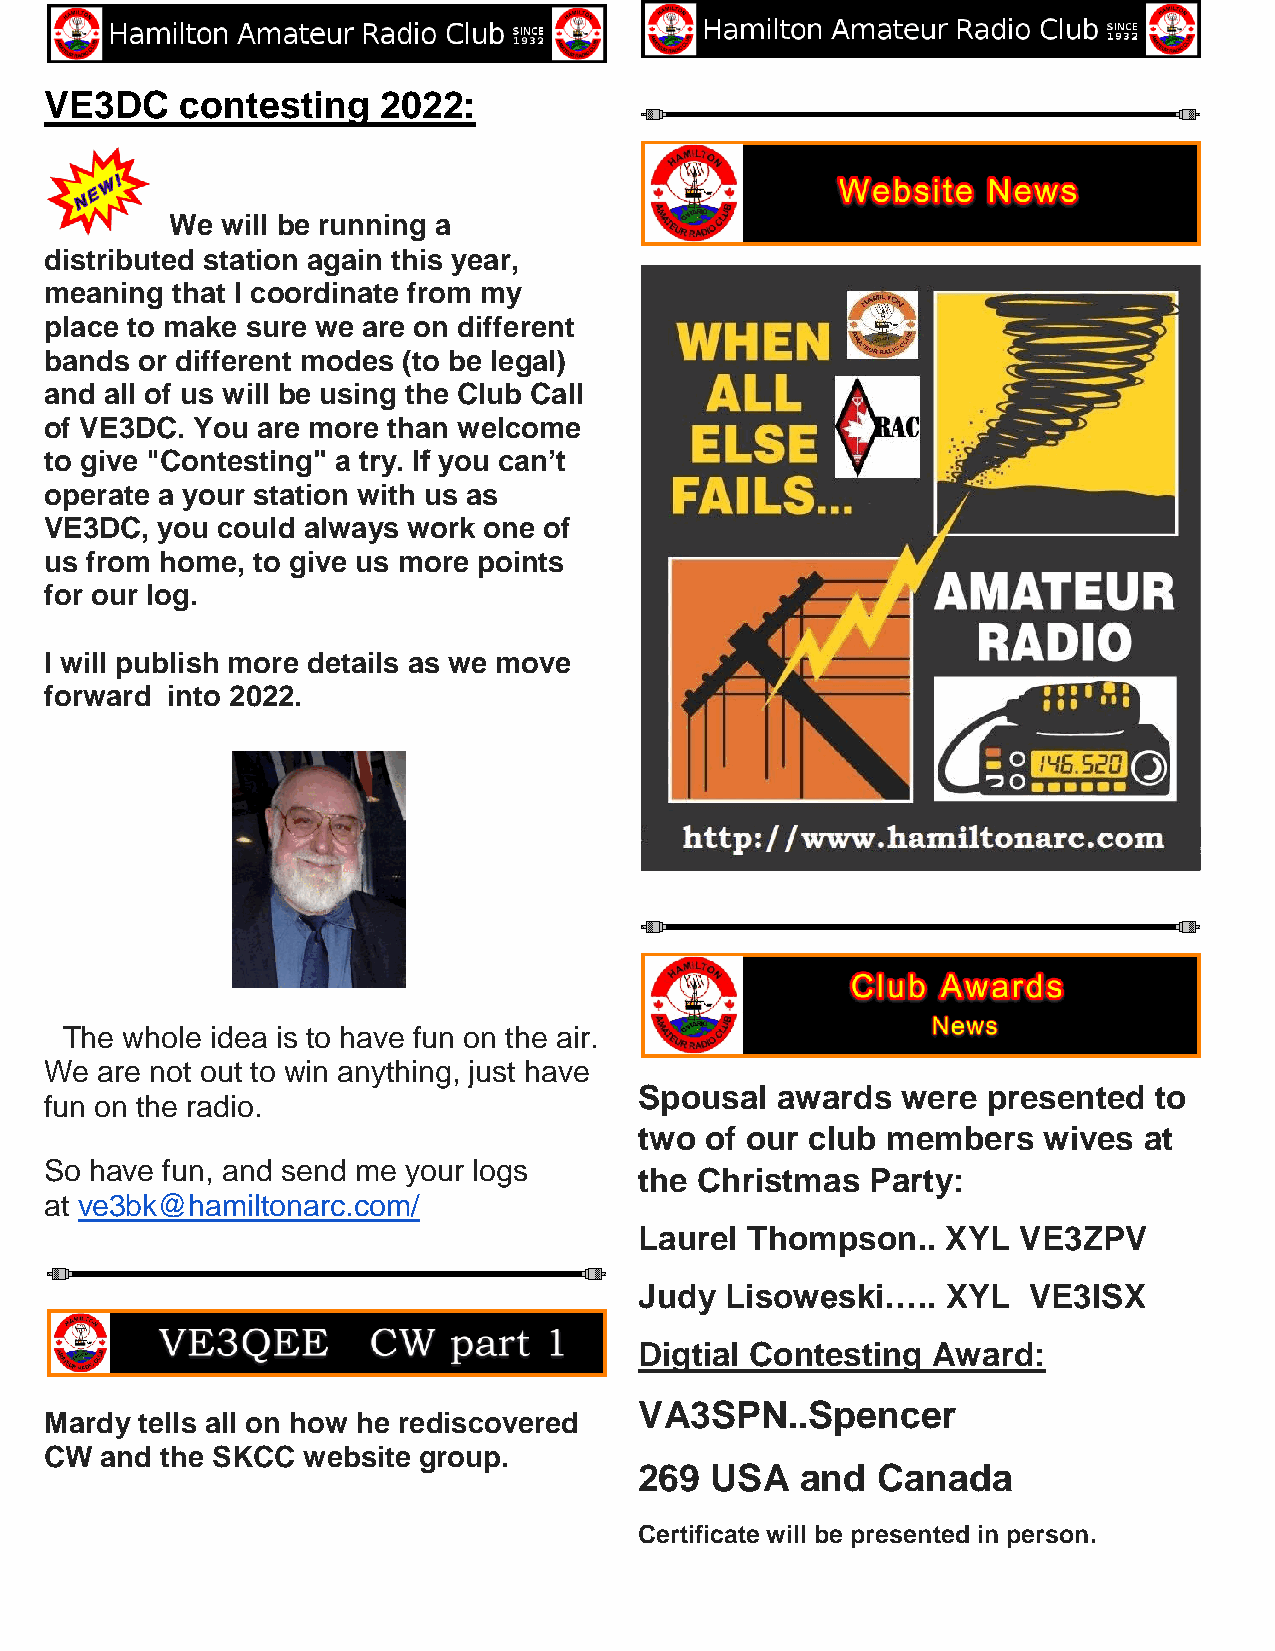
VE3DC    contesting   2022:
 We  will be running a
 distributed station again this year,
 meaning that I coordinate from my
 place to make sure we are on different
 bands or different modes (to be legal)
 and all of us will be using the Club Call
 of VE3DC. You are more than welcome
 to give "Contesting" a try. If you can’t
 operate a your station with us as
 VE3DC, you could always work one of
 us from home, to give us more points
 for our log.
 I will publish more details as we move
 forward into 2022.
 The whole idea is to have fun on the air.
 We  are not out to win anything, just have
 Spousal  awards   were presented  to
 fun on the radio.
 two  of our club members   wives  at
 So have fun, and send me your logs
 the Christmas   Party:
 at ve3bk@hamiltonarc.com/
 Laurel Thompson..    XYL VE3ZPV
 Judy  Lisoweski…..   XYL  VE3ISX
 Digtial Contesting  Award:
 VA3SPN..Spencer
 Mardy tells all on how he rediscovered
 CW  and the SKCC website group.
 269  USA   and  Canada
 Certificate will be presented in person.